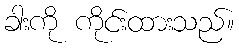
ခါးကို ကိုင်းထားသည်။